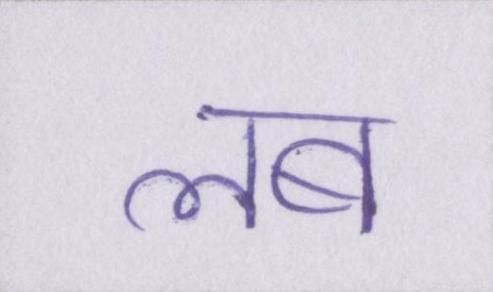
लब